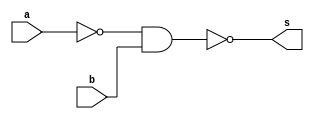
// -------------------------
// Guia_0504.v - GATES
// Nome: Arthur Martinho Medeiros Oliveira
// -------------------------

module f9 (output s, input a, input b);
  // Definir dados locais
  wire not_a_and_b, not_not_a_and_b;
  
  // Descrever por portas
  nand NAND1 (not_a_and_b, ~a, b);
  nand NAND2 (not_not_a_and_b, not_a_and_b, not_a_and_b);
  nand NAND3 (s, not_not_a_and_b, not_not_a_and_b);
  
endmodule // f9

module test_f9;
  // Definir dados
  reg x;
  reg y;
  wire s;
  
  f9 moduloF (s, x, y);
  
  // Parte principal
  initial begin : main
      $display("Guia_0504 - Arthur Martinho Medeiros Oliveira - 813168");
    $display("Test module");
    $display(" x y s");
    
    // Ciclo de teste
    x = 0; y = 0;
    #5; 
    
    // Projetar testes do modulo
    $monitor("%4b %4b %4b", x, y, s);
    
    x = 0; y = 1;
    #5;
    x = 1; y = 0;
    #5; 
    x = 1; y = 1;
    #5; 
    
    $finish; // Encerra a simulao
  end
endmodule // test_f9